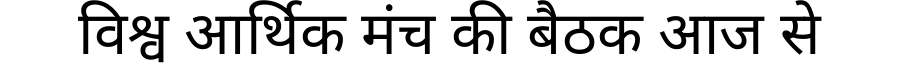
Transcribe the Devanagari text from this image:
विश्व आर्थिक मंच की बैठक आज से